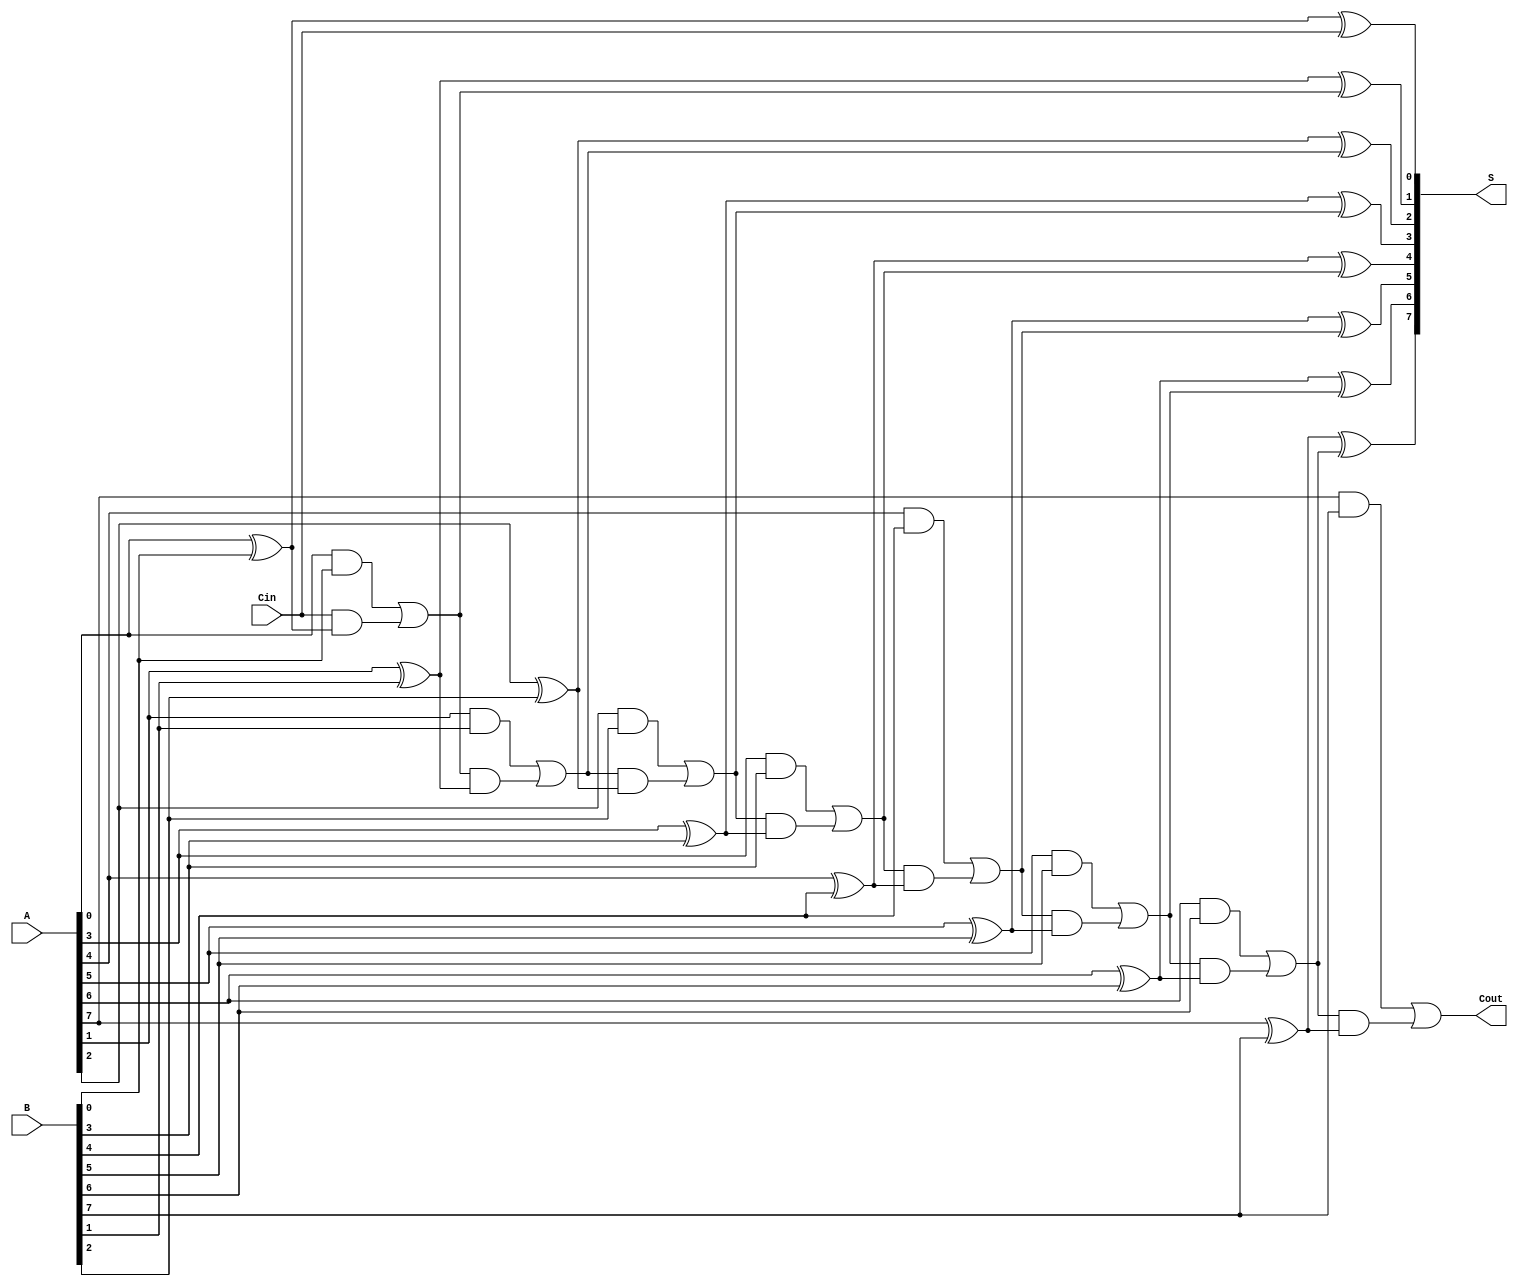
module PrecomputationCarryAdder #(parameter n = 8) (
    input  [n-1:0] A,      // n-bit input A
    input  [n-1:0] B,      // n-bit input B
    input          Cin,     // Carry-in
    output [n-1:0] S,      // n-bit sum output
    output         Cout     // Carry-out
);

    // Internal wires for carries
    wire [n:0] C; // C[i] is the carry out for bit i, C[0] = Cin

    // Assign the carry-in to the first carry
    assign C[0] = Cin;

    // Generate carry look-up table (CLT) and calculate carries
    genvar i;
    generate
        for (i = 0; i < n; i = i + 1) begin : carry_generation
            // Carry generation logic
            assign C[i+1] = (A[i] & B[i]) | (C[i] & (A[i] ^ B[i]));
        end
    endgenerate

    // Sum calculation
    generate
        for (i = 0; i < n; i = i + 1) begin : sum_calculation
            assign S[i] = A[i] ^ B[i] ^ C[i];
        end
    endgenerate

    // Final carry-out
    assign Cout = C[n];

endmodule